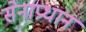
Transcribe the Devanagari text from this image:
सेनाप्रधान